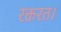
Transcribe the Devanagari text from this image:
रक्तरत।